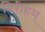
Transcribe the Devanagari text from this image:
निरीहम्